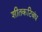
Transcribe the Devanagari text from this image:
शीतकटिबंध